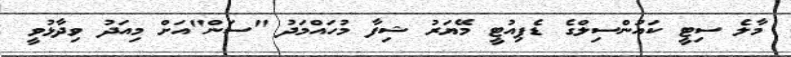
މާލެ ސިޓީ ކައުންސިލްގެ ޑެޕިއުޓީ މޭޔަރު ޝިފާ މުހައްމަދު "ސަން"އަށް މިއަދު ވިދާޅުވީ